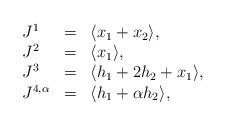
LaTeX: \begin{align*}\begin{array}{lllllllll}J^1&=& \langle x_1+x_2 \rangle, \\ J^{2}&=& \langle x_1 \rangle, \\ J^{3}&=& \langle h_1+2h_2+x_1 \rangle,\\ J^{4,\alpha}&=& \langle h_1+ \alpha h_2 \rangle,\end{array} \end{align*}